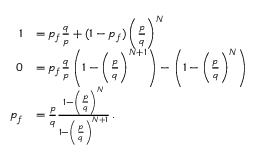
\begin{array} { r l } { 1 } & { = p _ { f } \frac { q } { p } + ( 1 - p _ { f } ) \left( \frac { p } { q } \right) ^ { N } } \\ { 0 } & { = p _ { f } \frac { q } { p } \left( 1 - \left( \frac { p } { q } \right) ^ { N + 1 } \right) - \left( 1 - \left( \frac { p } { q } \right) ^ { N } \right) } \\ { p _ { f } } & { = \frac { p } { q } \frac { 1 - \left( \frac { p } { q } \right) ^ { N } } { 1 - \left( \frac { p } { q } \right) ^ { N + 1 } } \, . } \end{array}